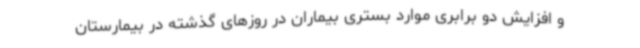
و افزایش دو برابری موارد بستری بیماران در روزهای گذشته در بیمارستان